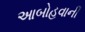
આબોહવાની